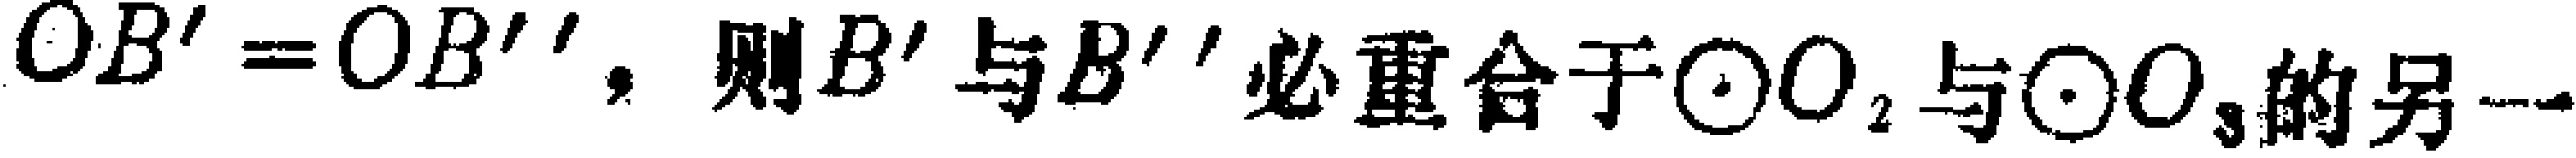
$OB' = OB''$，则$B'$与$B''$必重合于$\odot O_{2}$与$\odot O_{3}$的另一